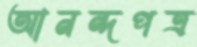
আনন্দপত্র